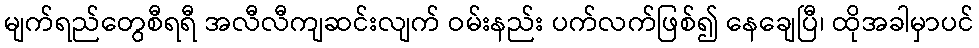
မျက်ရည်တွေစီရရီ အလီလီကျဆင်းလျက် ဝမ်းနည်း ပက်လက်ဖြစ်၍ နေချေပြီ၊ ထိုအခါမှာပင်